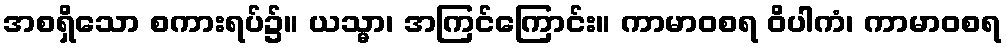
အစရှိသော စကားရပ်၌။ ယသ္မာ၊ အကြင်ကြောင်း။ ကာမာဝစရ ဝိပါကံ၊ ကာမာဝစရ